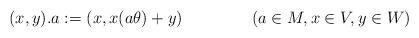
LaTeX: \begin{align*} (x,y). a & := (x,x (a\theta) + y) & (a\in M, x\in V,y\in W)\end{align*}